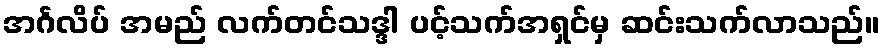
အင်္ဂလိပ် အမည် လက်တင်သဒ္ဒါ ပင့်သက်အရှင်မှ ဆင်းသက်လာသည်။